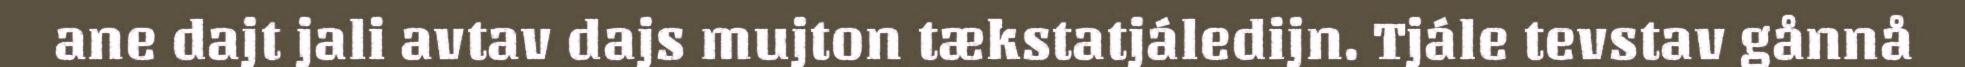
ane dajt jali avtav dajs mujton tækstatjáledijn. Tjále tevstav gånnå